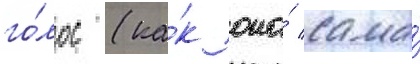
го́лос (ка́к она́ сама́